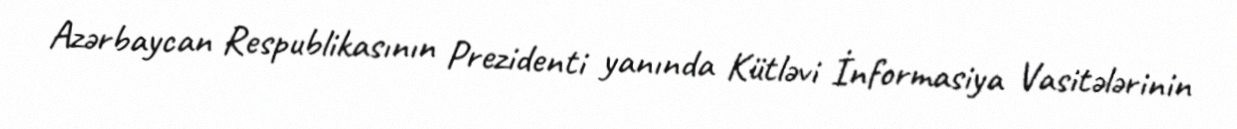
Azərbaycan Respublikasının Prezidenti yanında Kütləvi İnformasiya Vasitələrinin